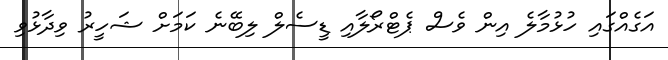
އަގެއްގައި ހުޅުމާލެ އިން ވެސް ޕެޓްރޯލާއި ޑީސެލް ލިބޭނެ ކަމަށް ޝަހީރު ވިދާޅުވި